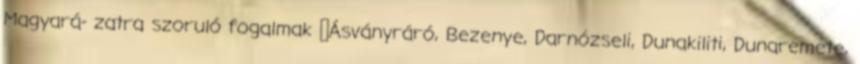
Magyará- zatra szoruló fogalmak ▪Ásványráró, Bezenye, Darnózseli, Dunakiliti, Dunaremete,